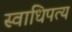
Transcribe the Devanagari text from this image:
स्वाधिपत्य